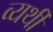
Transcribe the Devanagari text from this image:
व्‍यर्थी